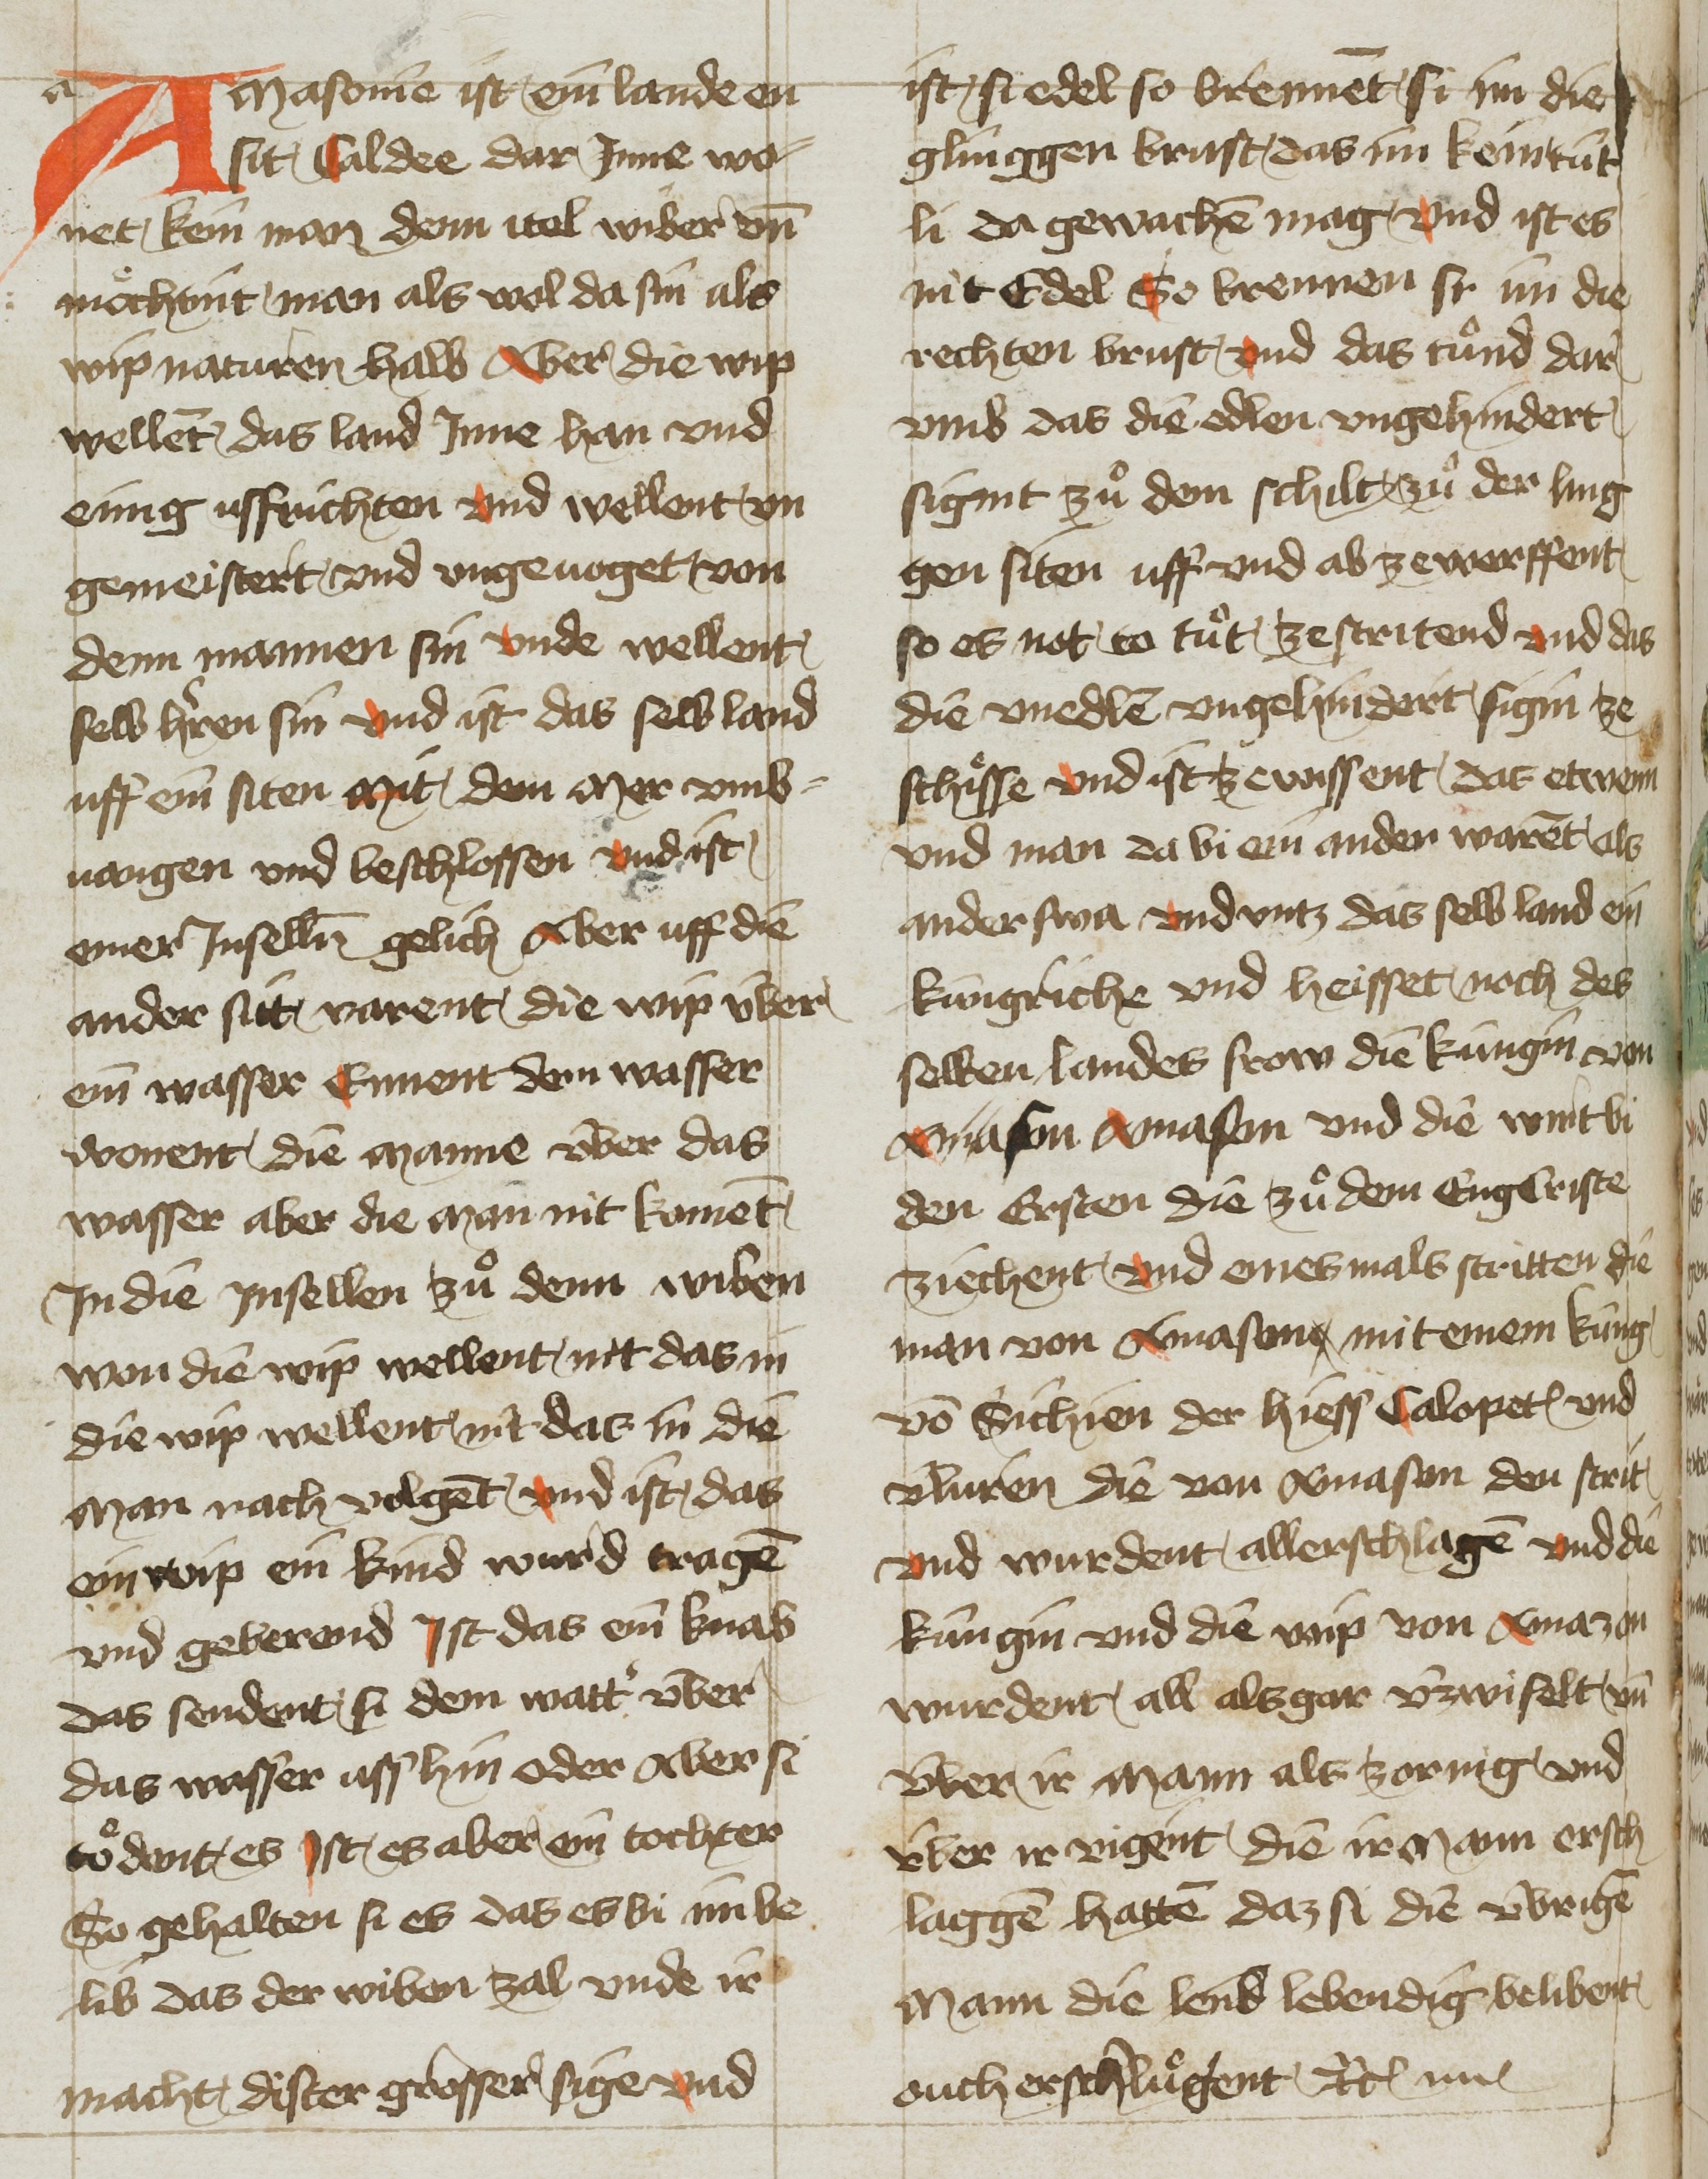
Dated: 1425–1449